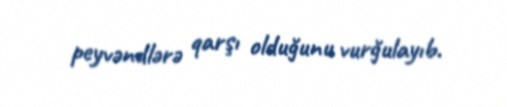
peyvəndlərə qarşı olduğunu vurğulayıb.